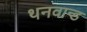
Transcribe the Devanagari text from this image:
थनवान्ड